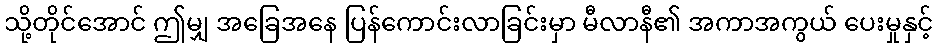
သို့တိုင်အောင် ဤမျှ အခြေအနေ ပြန်ကောင်းလာခြင်းမှာ မီလာနီ၏ အကာအကွယ် ပေးမှုနှင့်